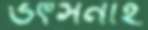
ভর্ৎসনাই